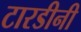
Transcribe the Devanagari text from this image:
टारडीनी